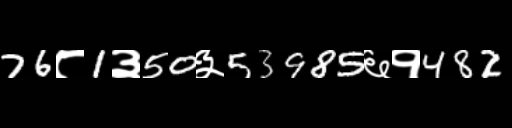
Text: 76८1३50३53985६१482